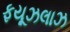
ફયૂઝલાઝ